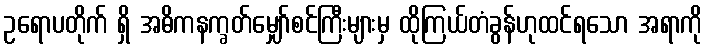
ဥရောပတိုက် ရှိ အဓိကနက္ခတ်မျှော်စင်ကြီးများမှ ထိုကြယ်တံခွန်ဟုထင်ရသော အရာကို